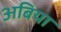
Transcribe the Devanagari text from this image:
अबिया